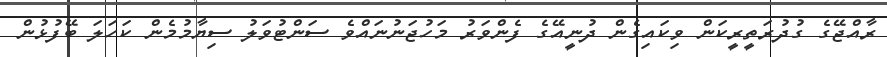
ރާއްޖޭގެ ގުދުރަތީރީކަން ވިކައިގެން ދުނީއޭގެ ފެންވަރު މަހުޖަނުނައްވެ ސަންޓުވަލު ސިޔާމުމެން ކަހަލަ ބޭފުޅުން